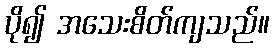
ပို၍ အသေးစိတ်ကျသည်။